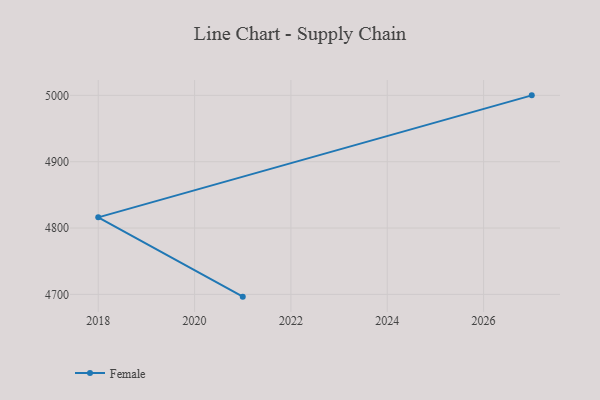
{"axis": {"x": "Year", "y": "Production Output"}, "legend": ["Female"], "data": [{"x": "2021", "y": 4696.6, "type": "Female"}, {"x": "2018", "y": 4816.1, "type": "Female"}, {"x": "2027", "y": 5000, "type": "Female"}]}